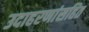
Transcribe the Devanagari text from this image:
उदाहरणांसहित